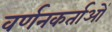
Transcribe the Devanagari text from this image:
वर्णनकर्ताओं